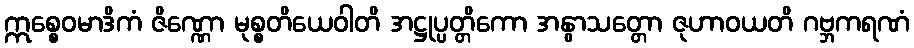
ဣစ္စေဝမာဒိကံ ဇိဏ္ဏော မုစ္စတိယေဝါတိ အဋ္ဌုပ္ပတ္တိကော အနွာသတ္တော ဇုဟာဝယတိ ဂဗ္ဘကရဏံ